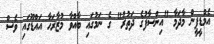
އެމްޑީޕީން މާދަމާ "އިންސާފުގެ ދަތުރު" ގެ ނަމުގައި ބާއްވާ މުޒާރަހާ އައްޑޫގައި ވެސް